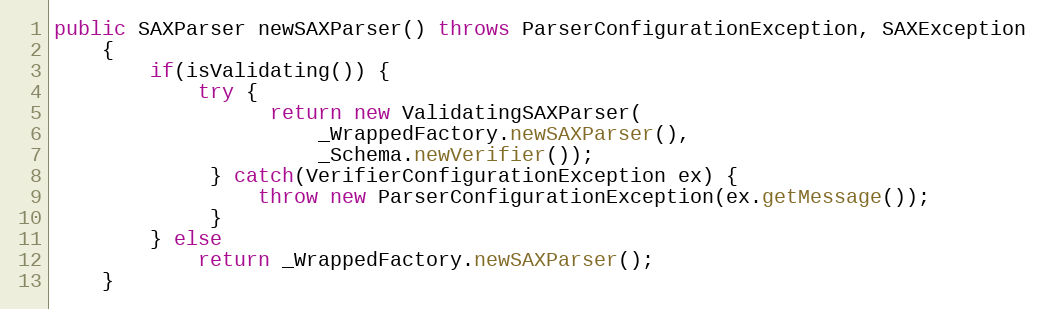
Language: Java
public SAXParser newSAXParser() throws ParserConfigurationException, SAXException
    {
        if(isValidating()) {
            try {
                  return new ValidatingSAXParser(
                      _WrappedFactory.newSAXParser(),
                      _Schema.newVerifier());
             } catch(VerifierConfigurationException ex) {
                 throw new ParserConfigurationException(ex.getMessage());
             }
        } else
            return _WrappedFactory.newSAXParser();
    }